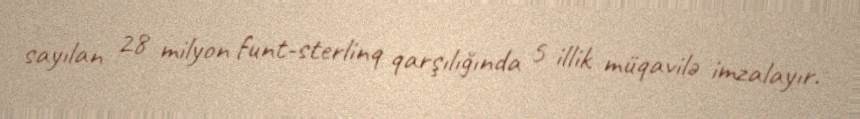
sayılan 28 milyon funt-sterlinq qarşılığında 5 illik müqavilə imzalayır.